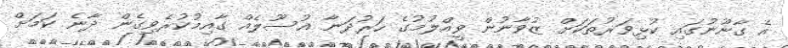
އެ ގާނޫނުގައި ކުޅިވަރުތަކަށް ޒުވާނުން ވީއްލުމުގެ ހަރުދަނާ އުސޫލެއް ގާއިމުކުރެވިގެން ދާނެ ކަމަށް